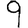
Digit: 9